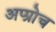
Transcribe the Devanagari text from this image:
अप्प्रोच